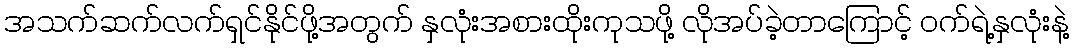
အသက်ဆက်လက်ရှင်နိုင်ဖို့အတွက် နှလုံးအစားထိုးကုသဖို့ လိုအပ်ခဲ့တာကြောင့် ဝက်ရဲ့နှလုံးနဲ့